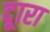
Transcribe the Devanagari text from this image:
दूारा